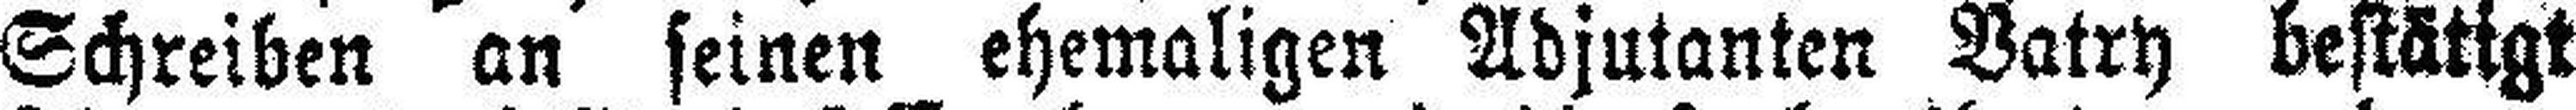
Schreiben an seinen ehemaligen Adjutanten Vatry bestätigt